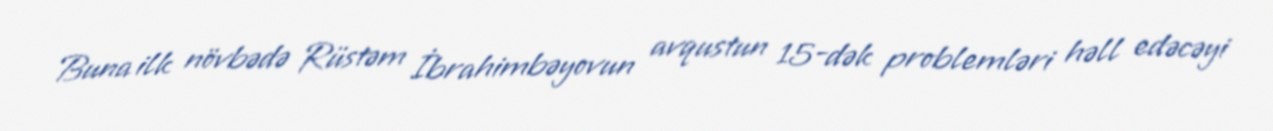
Buna ilk növbədə Rüstəm İbrahimbəyovun avqustun 15-dək problemləri həll edəcəyi